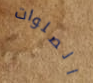
الصلوات